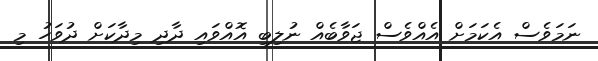
ނަމަވެސް އެކަމަށް އެއްވެސް ޖަވާބެއް ނުލިބި އޮއްވައި ދާދި މިދާކަށް ދުވަހު މި